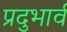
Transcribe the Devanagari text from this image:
प्रदुभार्व